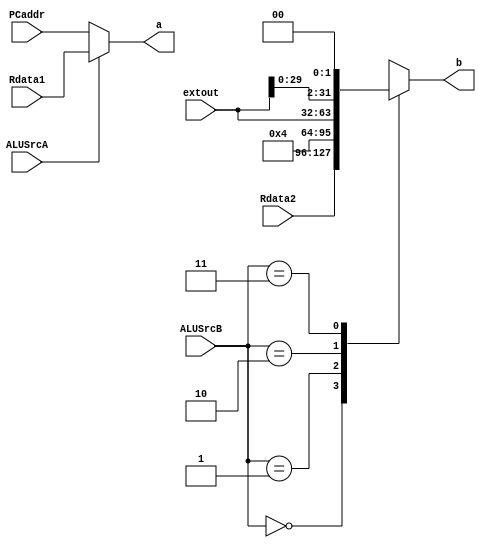
`timescale 1ns / 1ps
//////////////////////////////////////////////////////////////////////////////////
// Company: 
// Engineer: 
// 
// Design Name: 
// Module Name: ALU_Source
// Project Name: 
// Target Devices: 
// Tool Versions: 
// Description: 
// 
// Dependencies: 
// 
// Revision:
// Revision 0.01 - File Created
// Additional Comments:
// 
//////////////////////////////////////////////////////////////////////////////////


module ALU_Source(
    input ALUSrcA,
    input [31:0] PCaddr,Rdata1,
    input [1:0] ALUSrcB,
    input [31:0] Rdata2,extout,
    output reg [31:0] a,b
    );
    wire [31:0] sl2_extout;
    assign sl2_extout = {extout[29:0],2'b00};
    always @ (*)
    begin
        if (ALUSrcA == 0) a = PCaddr;
        else a = Rdata1;
        case (ALUSrcB)
            2'b00:b = Rdata2;
            2'b01:b = {29'b00000000000000000000000000000,3'b100};
            2'b10:b = extout;
            2'b11:b = sl2_extout;
        endcase
    end
endmodule